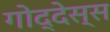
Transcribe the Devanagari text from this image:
गोद्देस्स